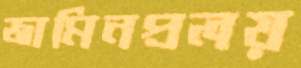
জামিনপ্রলয়